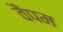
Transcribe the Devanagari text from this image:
वैंपम